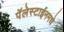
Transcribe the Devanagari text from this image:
पॅलेस्टाईनमधे